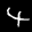
Label: 4